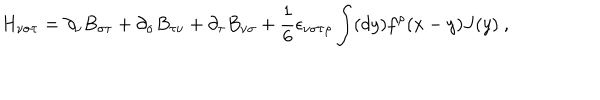
LaTeX: H _ { \nu \sigma \tau } = \partial _ { \nu } B _ { \sigma \tau } + \partial _ { \sigma } B _ { \tau \nu } + \partial _ { \tau } B _ { \nu \sigma } + \frac { 1 } { 6 } \epsilon _ { \nu \sigma \tau \rho } \int ( d y ) f ^ { \rho } ( x - y ) J ( y ) \ ,